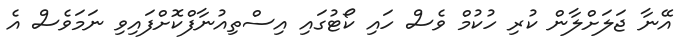
އޭނާ ޖަލަށްލާން ކުރި ހުކުމް ވެސް ހައި ކޯޓުގައި އިސްތިއުނާފްކޮށްފައިވި ނަމަވެސް އެ